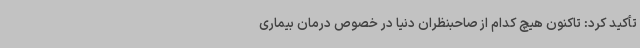
تأکید کرد: تاکنون هیچ کدام از صاحبنظران دنیا در خصوص درمان بیماری